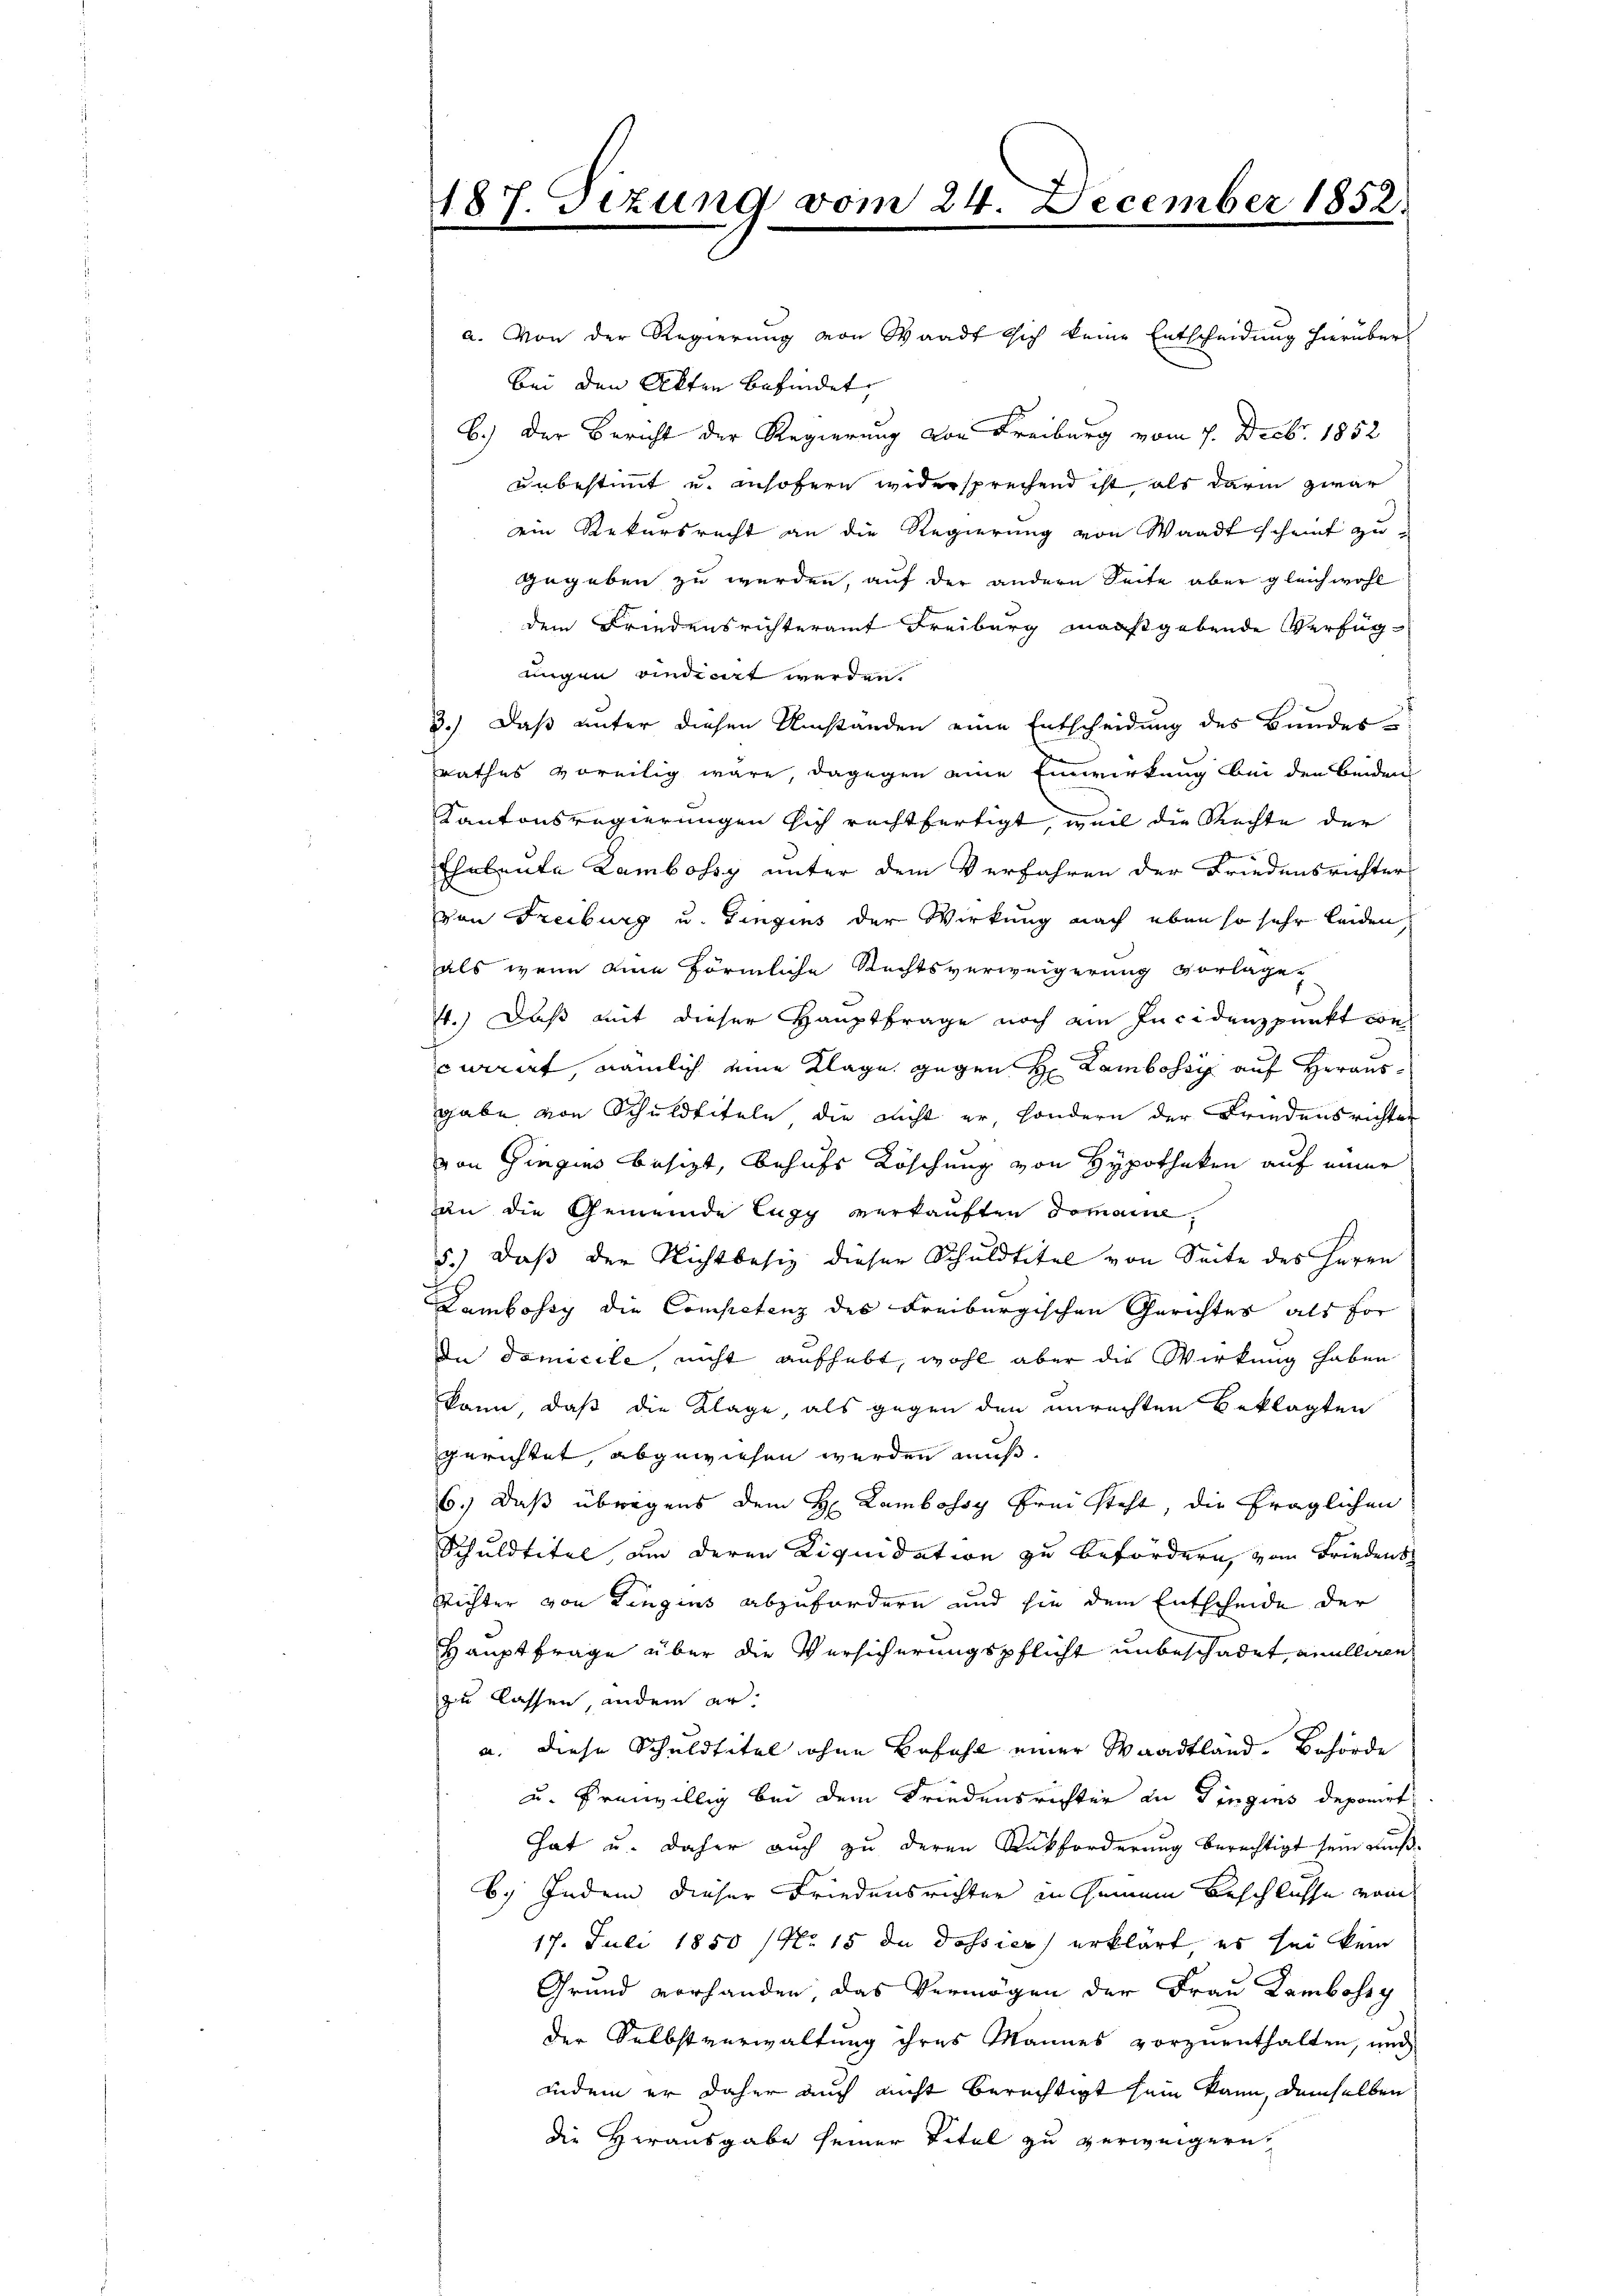
187. Sizung vom 24. December 1852.
f

a. Von der Regierung von Waadt sich keine Entscheidung hierüber
bei den Akten befindet,
B.) Der Bericht der Regierung von Freiburg vom 7. Decbr. 1852
unbestimmt und insofern widersprechend ist, als darin zwar
ein Rekursrecht an die Regierung von Waadt scheint zu-
gegeben zu werden, auf der andern Seite aber gleichwohl
dem Friedensrichteramt Freiburg maaßgebende Verfüg
ungen vindicirt werden.
8.) Daß unter diesen Umstanden eine Entscheidung des Bunder
rathes voreilig wäre, dagegen eine Einwirkung bei den beiden
Kantonsregierungen sich rechtfertigt, weil die Rechte der
Eheleute Lambossy unter dem Verfahren der Friedensrichter
von Freiburg u. Gingins der Wirkung nach eben so sehr leiden
als wenn eine förmliche Rechtsverweigerung vorlage,
4.) Daß mit dieser Hauptfrage noch ain Incidenzpunkt we
currirt, nämlich eine Klage gegen H. Lamberg auf Herausgabe von Schuldtiteln die nicht er, sondern der Friedensrichten
von Gingin besizt, behufs Köschung von Hypotheken auf einer
an die Gemeinde Eugy verkauften Domaine,
5.) Daß der Nichtbesiz dieser Schuldtitel von Seite des Herrn
Lambossy die Competenz des Freiburgischen Gerichtes als for
In domicile, nicht aufhebt, wohl aber die Wirkung haben
kann, daß die Klage, als gegen den unrechten Beklagten
gerichtet, abgewiesen werden muß.
6.) Daß übrigens dem H. Lambossy Frei steht, die fraglichen
Schuldtitel um deren Liquidation zu befördern, vom Friedens
Richter von Lingins abzufordern und sie dem Entscheide der
Hauptfrage über die Versicherungspflicht unbeschadet anullen
zu lassen, andern era. diese Schuldtitel ohne Befahl einer Waadtland. Behörde
u. freiwillig bei dem Friedensrichter an Dingens deponirt
hat u. daher auch zu deren Rückforderung berechtigt sein muß.
6. Indem dieser Friedensrichter in seinem Beschlusse vom
17. Juli 1850 (No 15 du dossier) erklärt, es sei kein
Grund vorhanden, das Vermögen der Frau Lambossg
der Selbstverwaltung ihres Mannes vorzuenthalten, und
indem er daher auch nicht berechtigt sein kann, demselben
die Herausgabe seiner Titel zu verweigern